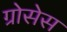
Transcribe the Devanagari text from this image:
ग्रोसेस